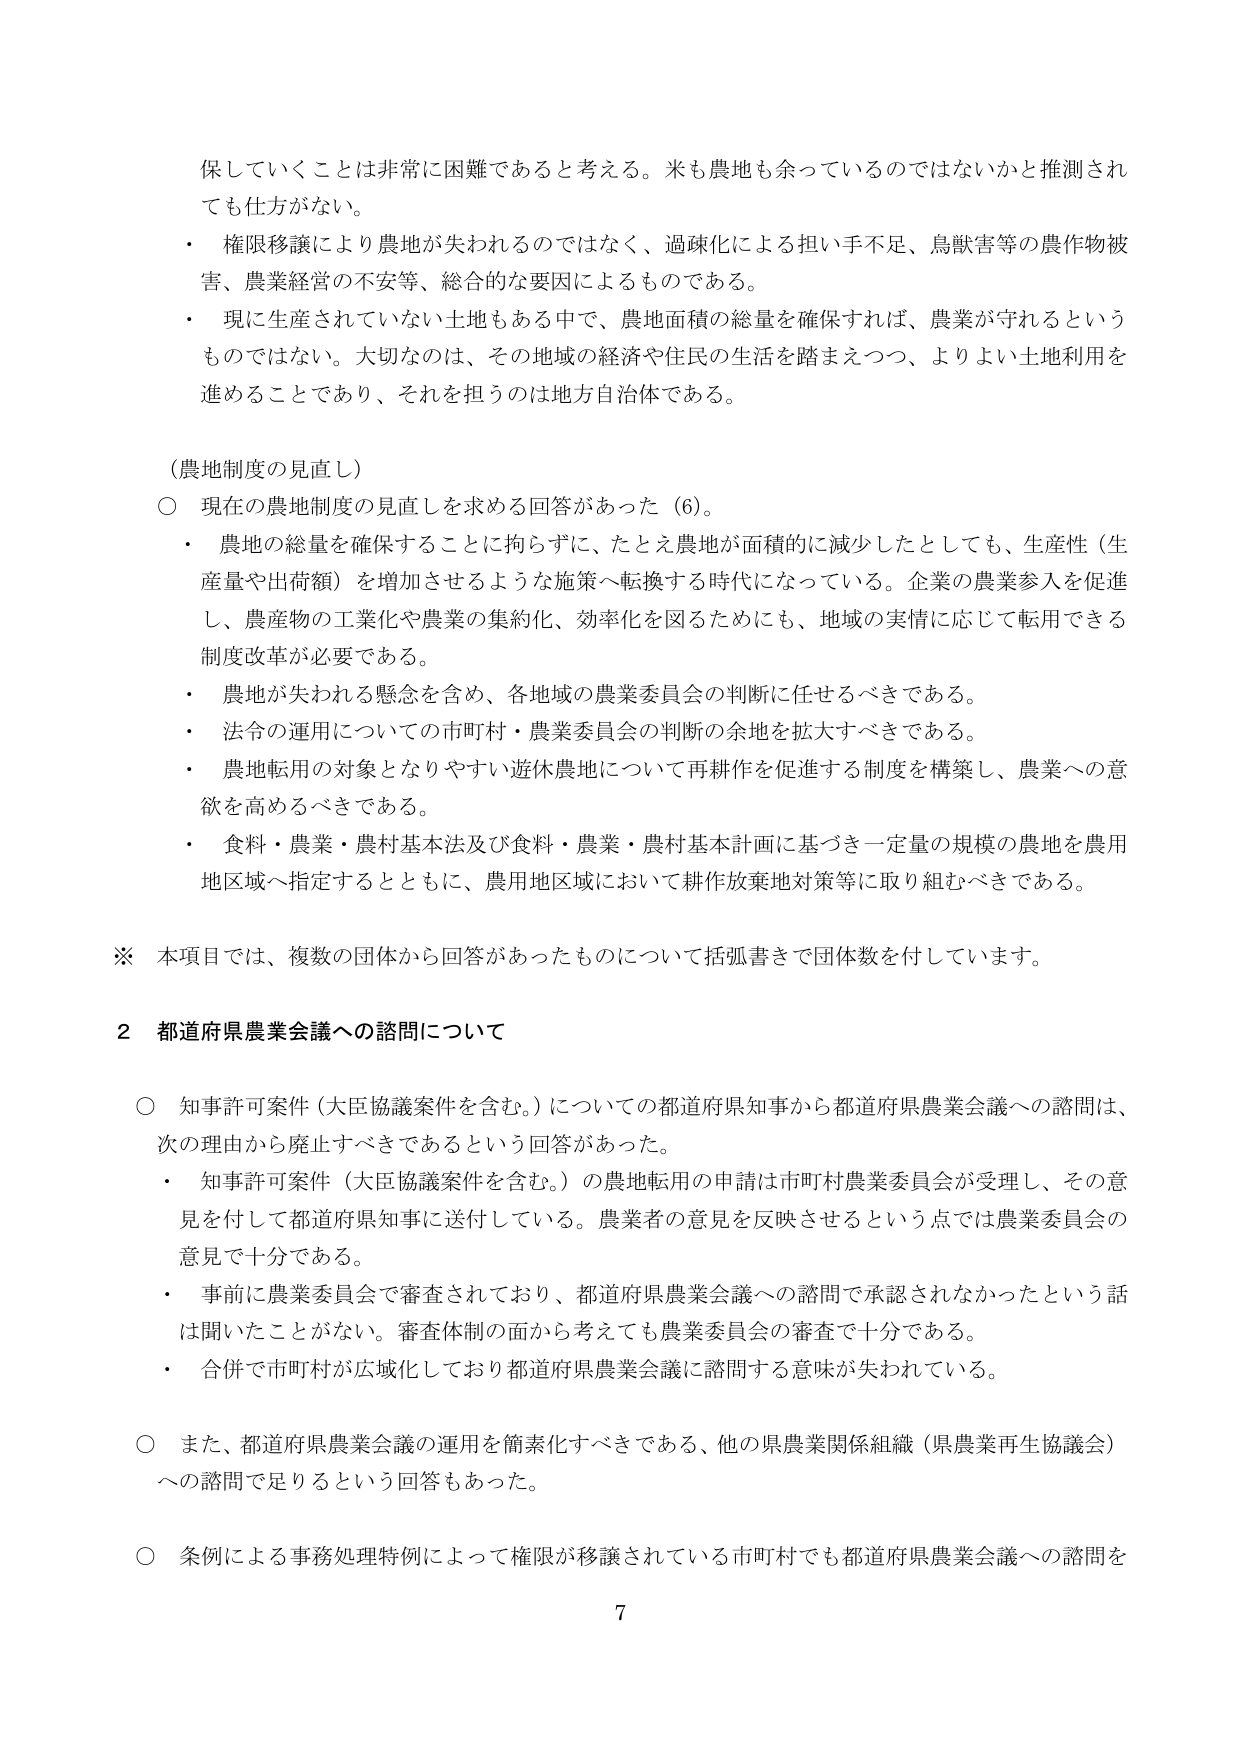
保していくことは非常に困難であると考える。米も農地も余っているのではないかと推測されても仕方がない。
・ 権限移譲により農地が失われるのではなく、過疎化による担い手不足、鳥獣害等の農作物被害、農業経営の不安等、総合的な要因によるものである。
・ 現に生産されていない土地もある中で、農地面積の総量を確保すれば、農業が守れるというものではない。大切なのは、その地域の経済や住民の生活を踏まえつつ、よりよい土地利用を進めることがであり、それを担うのは地方自治体である。

（農地制度の見直し）
○ 現在の農地制度の見直しを求める回答があった（6）。
・ 農地の総量を確保することに拘らずに、たとえ農地が面積的に減少したとしても、生産性（生産量や出荷額）を増加させるような施策へ転換する時代になっている。企業の農業参入を促進し、農産物の工業化や農業の集約化、効率化を図るためにも、地域の実情に応じて転用できる制度改革が必要である。
・ 農地が失われる懸念を含め、各地域の農業委員会の判断に任せるべきである。
・ 法令の運用についての市町村・農業委員会の判断の余地を拡大すべきである。
・ 農地転用の対象となりやすい遊休農地について再耕作を促進する制度を構築し、農業への意欲を高めるべきである。
・ 食料・農業・農村基本法及び食料・農業・農村基本計画に基づき一定量の規模の農地を農用地区域へ指定するとともに、農用地区域において耕作放棄地対策等に取り組むべきである。

※ 本項目では、複数の団体から回答があったものについて括弧書きで団体数を付しています。

2 都道府県農業会議への諮問について

○ 知事許可案件（大臣協議案件を含む。）についての都道府県知事から都道府県農業会議への諮問は、次の理由から廃止すべきであるという回答があった。
・ 知事許可案件（大臣協議案件を含む。）の農地転用の申請は市町村農業委員会が受理し、その意見を付して都道府県知事に送付している。農業者の意見を反映させるという点では農業委員会の意見で十分である。
・ 事前に農業委員会で審査されており、都道府県農業会議への諮問で承認されなかったという話は聞いたことがない。審査体制の面から考えても農業委員会の審査で十分である。
・ 合併で市町村が広域化しており都道府県農業会議に諮問する意味が失われている。

○ また、都道府県農業会議の運用を簡素化すべきである、他の県農業関係組織（県農業再生協議会）への諮問で足りるという回答もあった。

○ 条例による事務処理特例によって権限が移譲されている市町村でも都道府県農業会議への諮問を

7